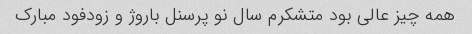
همه چیز عالی بود متشکرم سال نو پرسنل باروژ و زودفود مبارک